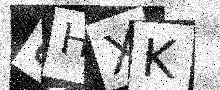
Text: 8HXK